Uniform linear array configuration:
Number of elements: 16
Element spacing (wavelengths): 0.5
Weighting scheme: blackman
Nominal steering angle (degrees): -60
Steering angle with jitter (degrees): -61.889
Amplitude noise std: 0.05
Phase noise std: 0.05

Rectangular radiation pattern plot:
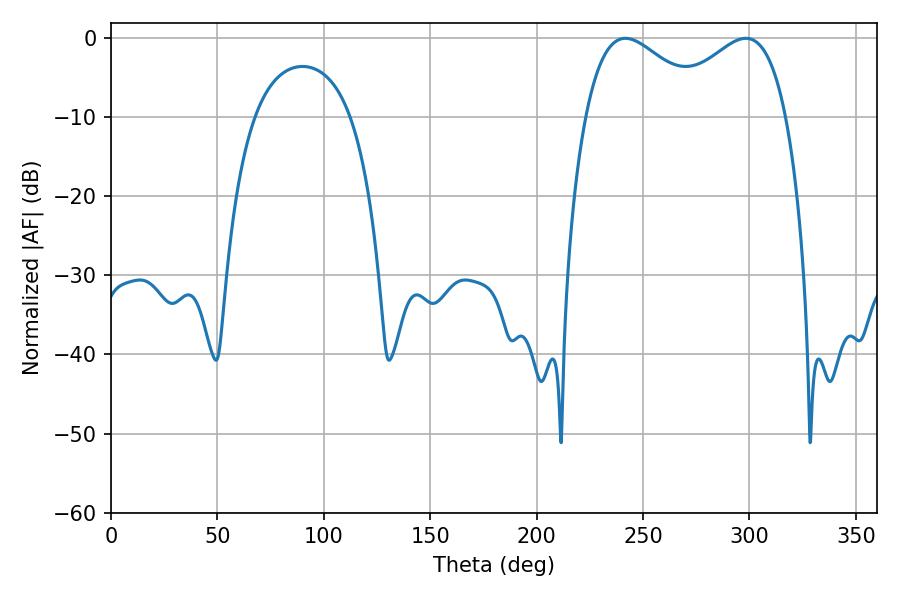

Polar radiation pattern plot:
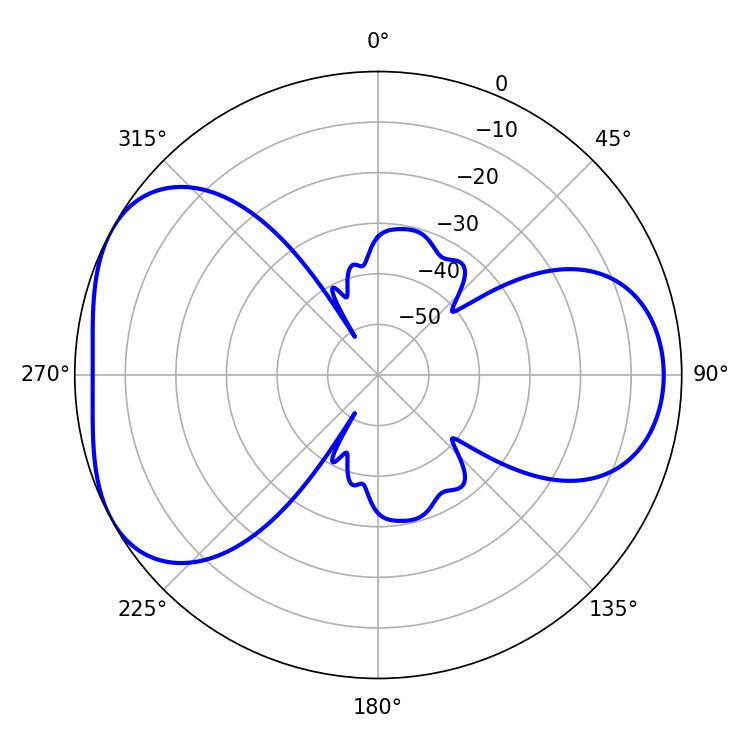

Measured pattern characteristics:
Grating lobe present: FALSE
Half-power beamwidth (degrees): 31.68
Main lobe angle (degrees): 298.26